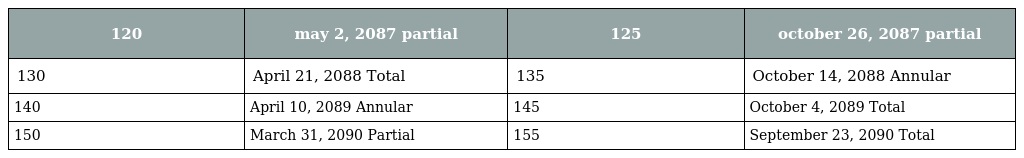
| 120 | may 2, 2087 partial | 125 | october 26, 2087 partial |
 | --- | --- | --- | --- |
 | 130 | April 21, 2088 Total | 135 | October 14, 2088 Annular |
 | 140 | April 10, 2089 Annular | 145 | October 4, 2089 Total |
 | 150 | March 31, 2090 Partial | 155 | September 23, 2090 Total |